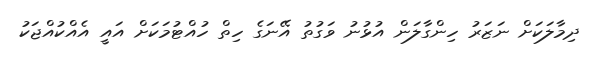
ދިމާލަކަށް ނަޒަރު ހިންގާލަން އުޅުނު ވަގުތު އޭނަގެ ހިތް ހުއްޓުމަކަށް އައީ އެއްކުއްޖަކު